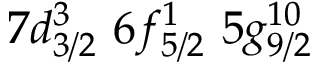
7 d _ { 3 / 2 } ^ { 3 } \, \, 6 f _ { 5 / 2 } ^ { 1 } \, \, 5 g _ { 9 / 2 } ^ { 1 0 } \, \,